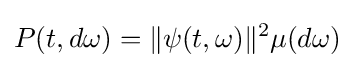
P(t,d\omega )=\|\psi (t,\omega )\|^{2}\mu (d\omega )